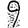
Digit: 9